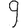
Digit: 9